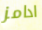
ادامز